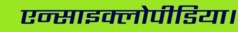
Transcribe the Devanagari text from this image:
एन्साइक्लोपीडिया।